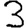
Digit: 3